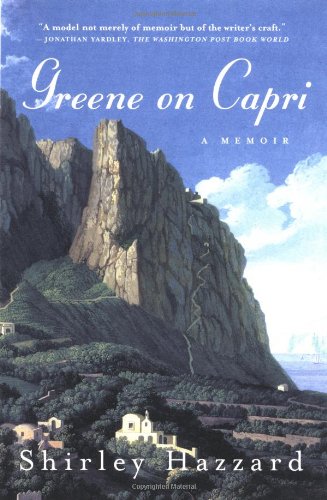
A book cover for Greene on Capri: A Memoir; Shirley Hazzard; Biographies & Memoirs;